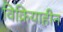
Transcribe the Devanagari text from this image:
विक्रियाहीन